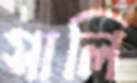
সালি